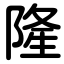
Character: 隆